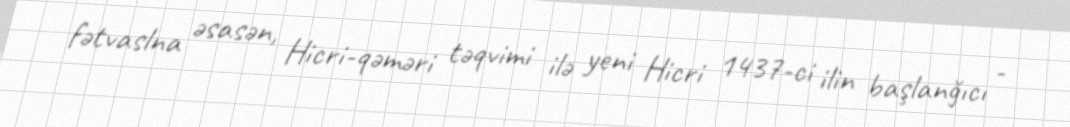
fətvaslna əsasən, Hicri-qəməri təqvimi ilə yeni Hicri 1437-ci ilin başlanğıcı -